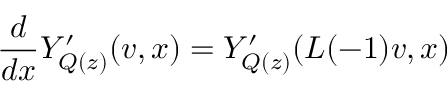
\frac { d } { d x } Y _ { Q ( z ) } ^ { \prime } ( v , x ) = Y _ { Q ( z ) } ^ { \prime } ( L ( - 1 ) v , x )